Indian journal of veterinary science and animal husbandry - Volumes 22-23, 1952-1953
Year: 1952
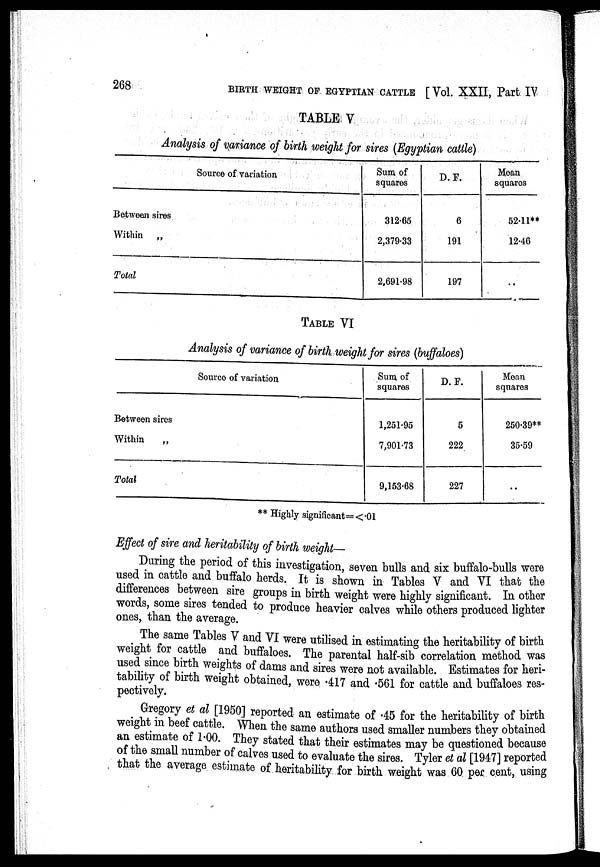
268
BIRTH WEIGHT OF EGYPTIAN CATTLE [Vol. XXII, Part IV
TABLE V
Analysis
of variance of birth weight for sires (Egyptian cattle)
Source of variation
Between sires
Within „
Total
Sum of
squares
312.65
2,379.33
2.691.98
D. F.
6
191
197
Mean
squaros
52.11**
12.46
TABLE VI
Analysis of variance of birth weight for sires (buffaloes)
Source of variation
Between sires
Within
Total
Sum of
squares
1,251.95
7,901.73
9,153.68
D. F.
5
222
227
Mean
squares
250.39**
35.59
..
** Highly significant = <.01
Effect of sire and heritability of birth weight—
During the period of this investigation, seven bulls and six buffalo-bulls were
used in cattle and buffalo herds. It is shown in Tables V and VI that the
differences between sire groups in birth weight were highly significant. In other
words some sires tended to produce heavier calves while others produced lighter
ones, than the average.
The same Tables V and VI were utilised in estimating the heritability of birth
weight for cattle and buffaloes. The parental half-sib correlation method was
used since birth weights of dams and sires were not available. Estimates for heri-
tability of birth weight obtained, were .417 and .561 for cattle and buffaloes res-
pectively.
Gregory et al [1950] reported an estimate of .45 for the heritability of birth
weight in beef cattle. When the same authors used smaller numbers they obtained
an estimate of 1.00. They stated that their estimates may be questioned because
of the small number of calves used to evaluate the sires. Tyler et al [1947] reported
that the average estimate of heritability for birth weight was 60 per cent, using